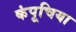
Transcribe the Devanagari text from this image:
कंपूचिया